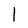
Character: 1